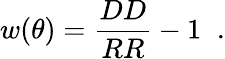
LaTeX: w(\theta)=\frac{DD}{RR}-1\; \; \mathrm{.}